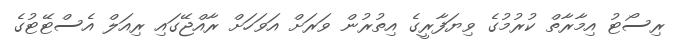
ރިސޯޓު އިމާރާތް ކުރުމުގެ ވިޔަފާރީގެ އިތުރުން ވަރަށް އަވަހަށް ރާއްޖޭގައި ރިއަލް އެސްޓޭޓުގެ